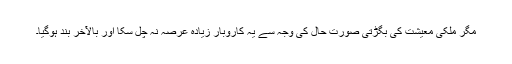
مگر ملکی معیشت کی بگڑتی صورتِ حال کی وجہ سے یہ کاروبار زیادہ عرصہ نہ چل سکا اور بالآخر بند ہوگیا۔